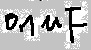
Text: 0.1uF